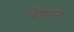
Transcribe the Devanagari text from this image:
वेड्याने